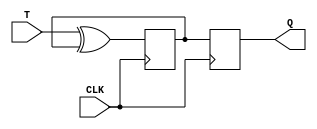
module T_FF(
  input T,
  input CLK,
  output reg Q
);

reg Q_Master, Q_Slave;

// Master flip-flop
always @(posedge CLK)
begin
  Q_Master <= T ^ Q_Master;
end

// Slave flip-flop
always @(posedge CLK)
begin
  Q_Slave <= Q_Master;
end

assign Q = Q_Slave;

endmodule